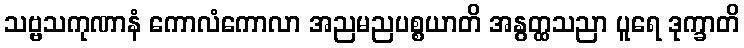
သဗ္ဗသကုဏာနံ ကောလံကောလာ အညမညပစ္စယာတိ အနွတ္ထသညာ ပူရေ ဒုက္ခာတိ